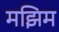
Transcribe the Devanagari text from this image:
मझिम